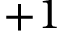
+ 1